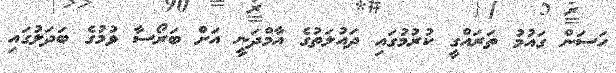
ހަސަން ގައުމު ތަރައްގީ ކުރުމުގައި ދައުލަތުގެ އާމްދަނީ އަށް ބަރޯސާ ވުމުގެ ބަދަލުގައި